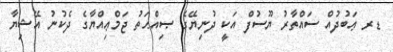
ޑރ ޢަބުދުއް ސައްތާރު ޔޫސުފް އަކީ ދުނިޔޭގެ ޞިއްޙަތު ޖަމްޢިއްޔާގެ ދެކުނު އޭޝިޔާ